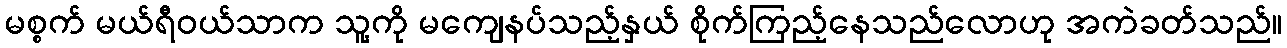
မစ္စက် မယ်ရီဝယ်သာက သူ့ကို မကျေနပ်သည့်နှယ် စိုက်ကြည့်နေသည်လောဟု အကဲခတ်သည်။